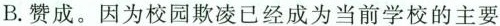
B.赞成。因为校园欺凌已经成为当前学校的主要